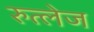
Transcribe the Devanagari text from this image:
रुत्लेज